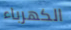
الكهرباء